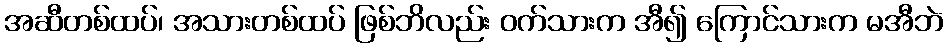
အဆီတစ်ထပ်၊ အသားတစ်ထပ် ဖြစ်ဘိလည်း ဝက်သားက အီ၍ ကြောင်သားက မအီဘဲ